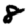
Digit: 8